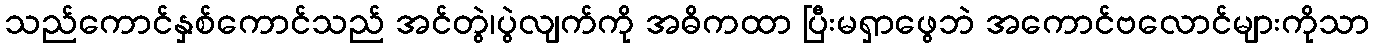
သည်ကောင်နှစ်ကောင်သည် အင်တွဲ၊ပွဲလျက်ကို အဓိကထာ ပြီးမရှာဖွေဘဲ အကောင်ဗလောင်များကိုသာ